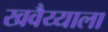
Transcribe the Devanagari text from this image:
खवैय्याला